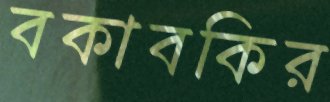
বকাবকির